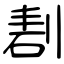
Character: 剨